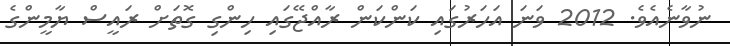
ނުވާނެއެވެ. 2012 ވަނަ އަހަރުގައި ކަންކަން ރާއްޖޭގައި ހިންގި ގޮތަށް ރައީސް ޔާމީންގެ